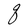
Character: q